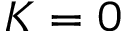
K = 0